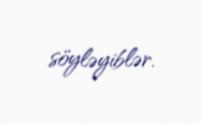
söyləyiblər.